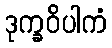
ဒုက္ခဝိပါကံ